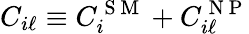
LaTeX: C_{i\ell}\equiv C_{i}^{\mathrm{~S~M~}}+C_{i\ell}^{\mathrm{~N~P~}}